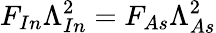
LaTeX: F_{In}\Lambda_{In}^{2}=F_{As}\Lambda_{As}^{2}